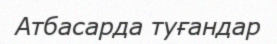
Атбасарда туғандар